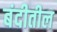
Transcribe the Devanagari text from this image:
बंदीतील